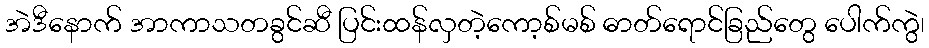
အဲဒီနောက် အာကာသတခွင်ဆီ ပြင်းထန်လှတဲ့ကော့စ်မစ် ဓာတ်ရောင်ခြည်တွေ ပေါက်ကွဲ၊